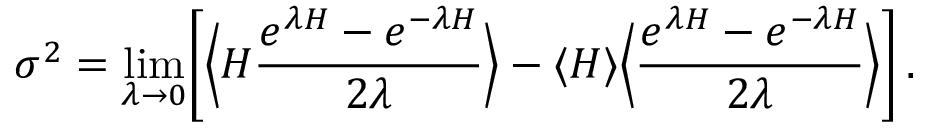
\sigma ^ { 2 } = \operatorname* { l i m } _ { \lambda \rightarrow 0 } \biggl [ \Big \langle H \frac { e ^ { \lambda H } - e ^ { - \lambda H } } { 2 \lambda } \Big \rangle - \langle H \rangle \Big \langle \frac { e ^ { \lambda H } - e ^ { - \lambda H } } { 2 \lambda } \Big \rangle \biggr ] \, .